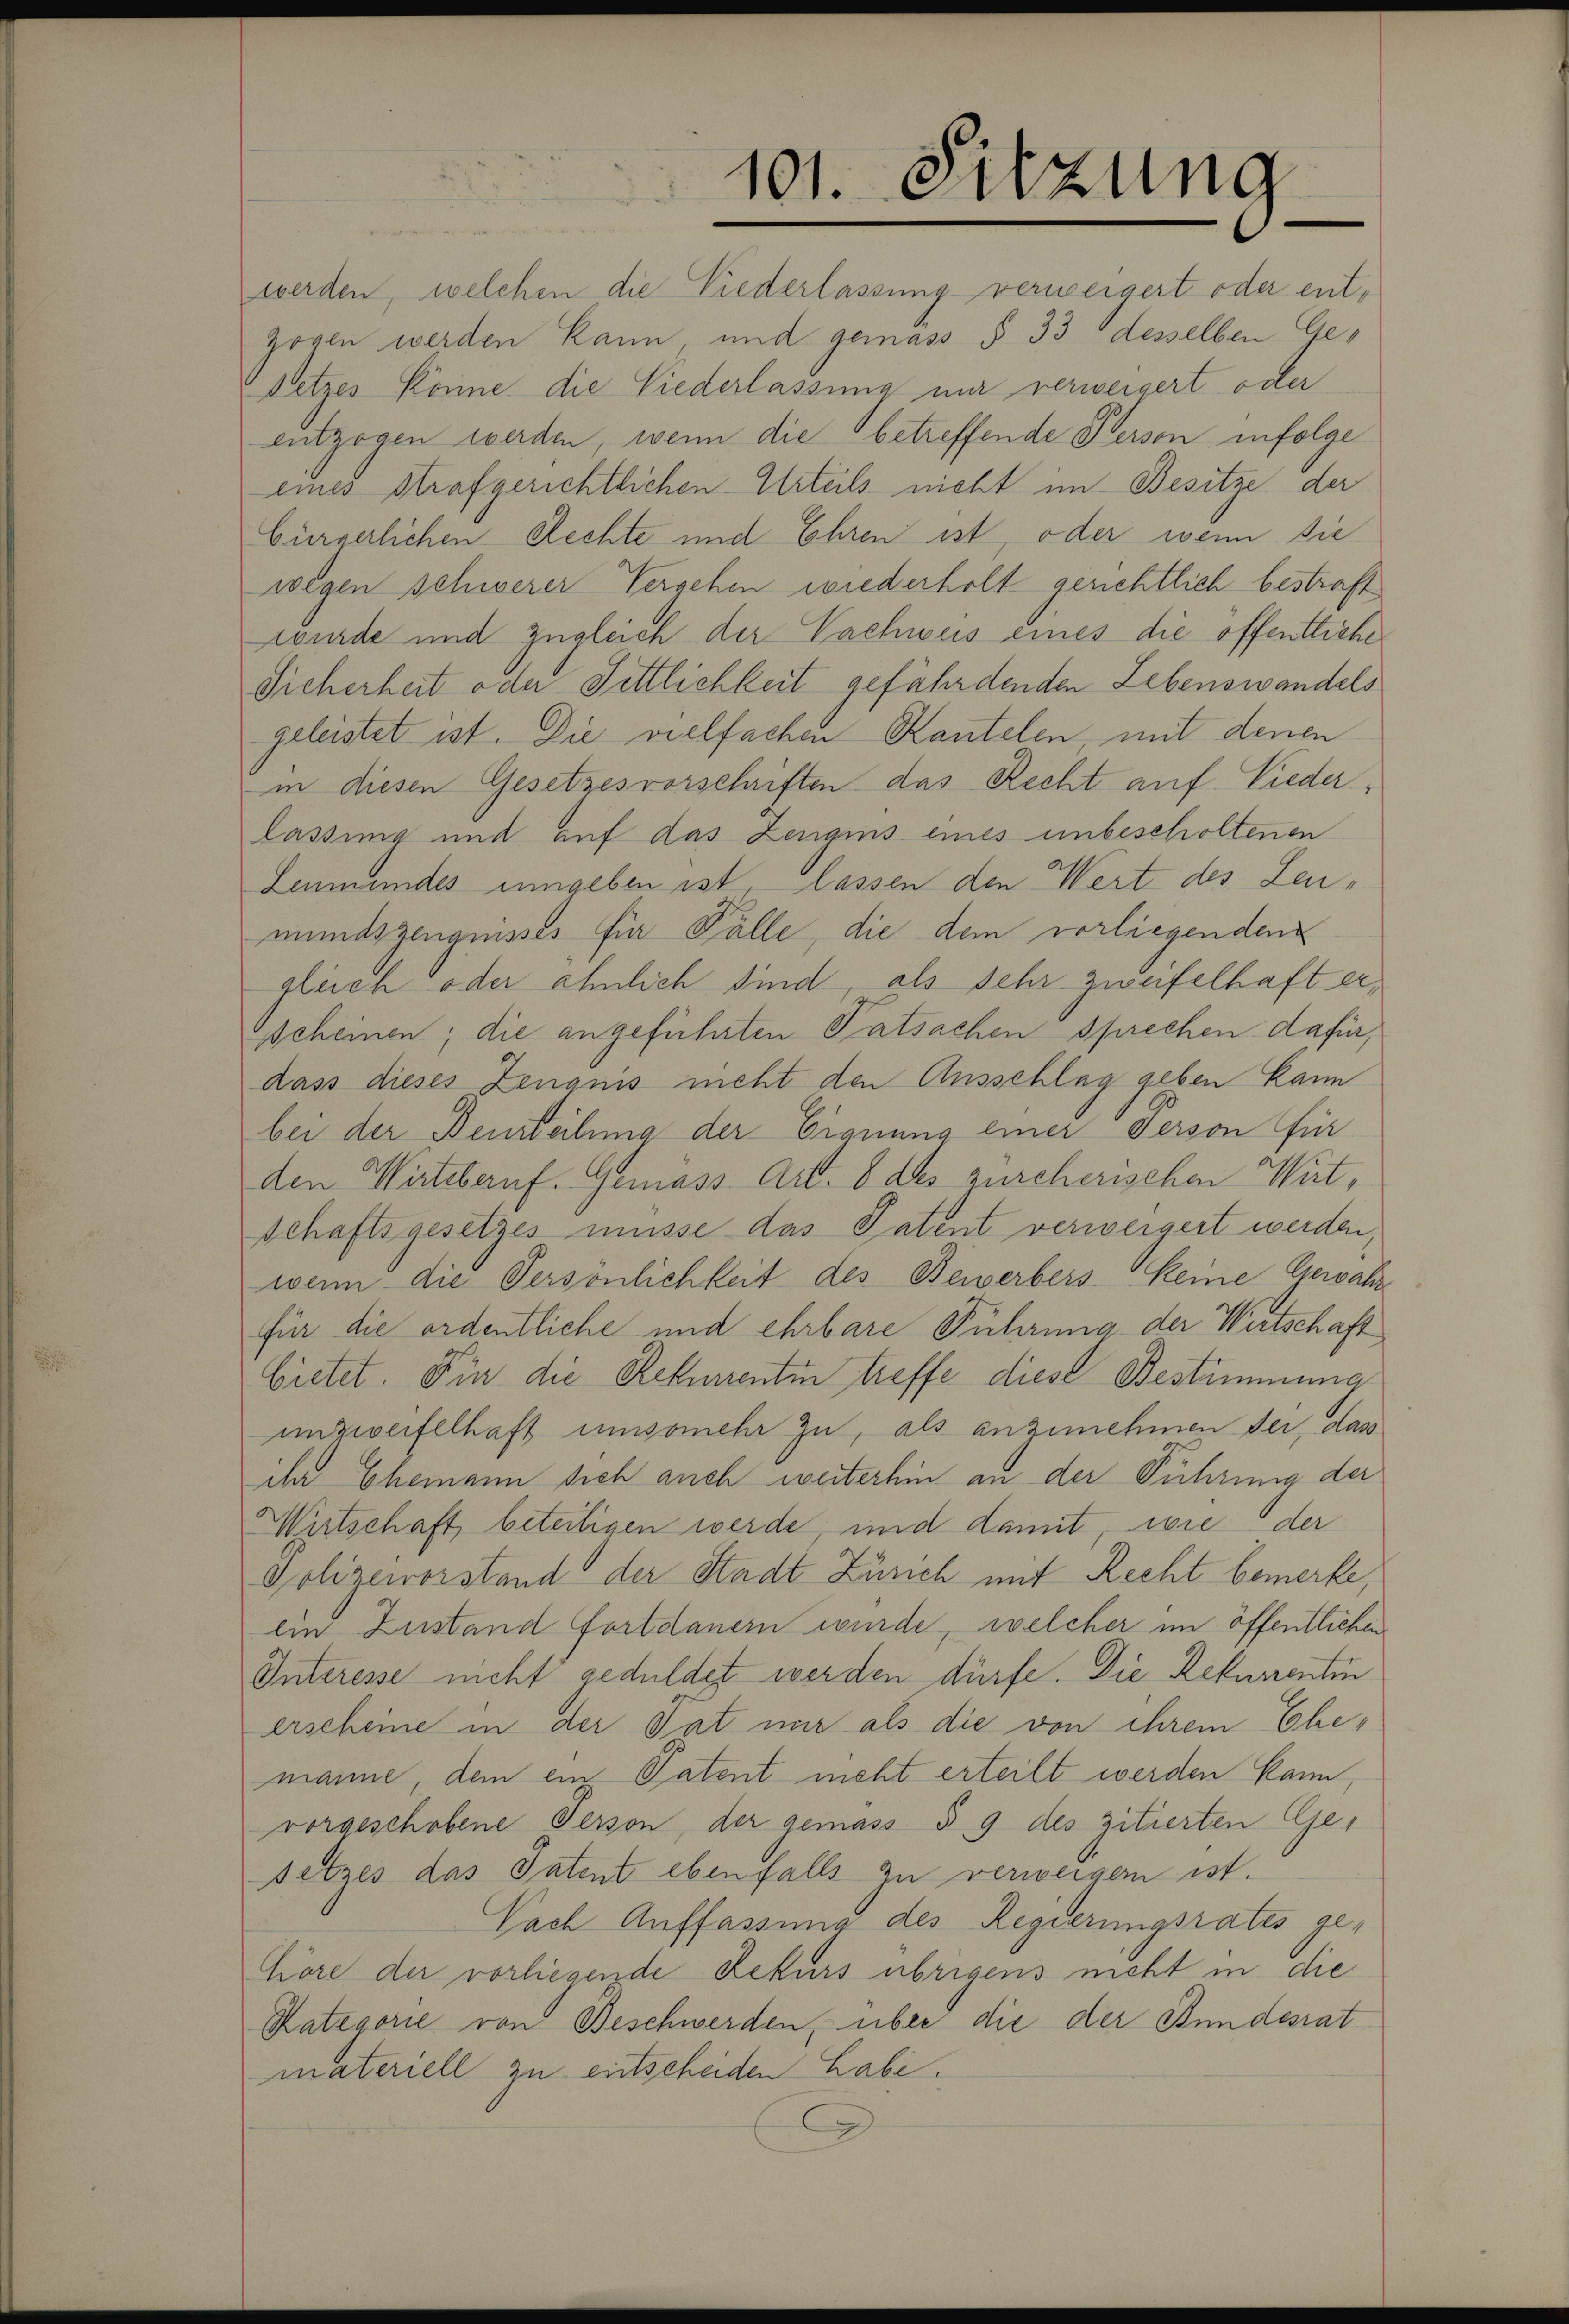
101. Sitzung

werden, welchen die Niederlassung verweigert oder ent-
zogen werden kann, und gemäss § 33 desselben Ge¬
Detzes könne die Niederlassung nur verweigert oder
entzogen werden, wenn die betreffende Person infolge
eines Strafgerichtlichen Urteils nicht im Besitze der
bürgerlichen Rechte und Ehren ist, oder wenn sie
wegen schwerer Vergehen wiederholt gerichtlich bestraft
wurde und zugleich der Vachweis eines die öffentliche
Sicherheit oder Sittlichkeit gefährdenden Lebenswandels
geleistet ist. Die vielfachen Kantelen mit denen
in diesen Gesetzesvorschriften das Recht auf Niederlassung mit auf das Zeugens eines unbescholtenen
Leumundes umgeben ist, lassen den Wert des Leumundszeugnisses für Fälle, die dem vorliegenden
gleich oder ähnlich sind, als sehr zweifelhaft er¬
Zscheinen; die angeführten Tatsachen sprechen dafür,
dass dieses Zeugnis nicht den Ausschlag geben kann
bei der Beurteilung der Eignung einer Person für
den Wirtebenf. Gemäss Art. 8 des zürcherischen Wirtschaftsgesetzes müsse das Patent verweigert werden,
wenn die Persönlichkeit des Bewerbers keine Gewähr
für die ordentliche und ehrbare Führung der Wirtschaft
bietet. Für die Rekurrentin treffe diese Bestimmung
unzweifelhaft umsomehr zu, als anzunehmen der, das
der Ehemann sich auch weiterhin an der Führung der
Wirtschaft beteiligen werde, und damit, wie der
Polizeivorstand der Stadt Zürich mit Recht bemerke,
ein Zustand fortdauern wurde, welcher im öffentlichen
Interesse nicht geduldet werden dürfe. Die Rekurrentin
erscheine in der Tat mir als die von ihrem Ehemanne, dem ein Patent nicht erteilt werden kann,
vorgeschobene Person, der gemäss § 9 des zitierten Gesetzes das Patent ebenfalls zu verweigen ist.
Nach Auffassung des Regierungsrates ge-
Cöre der vorliegende Rekurs übrigens nicht in die
Kategorie von Beschwerden, über die der Bundesrat
materiell zu entscheiden habe.
.